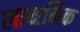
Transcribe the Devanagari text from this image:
लाक्षनिक